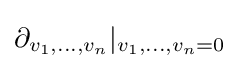
\partial _{v_{1},...,v_{n}}|_{v_{1},...,v_{n}=0}